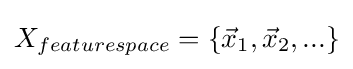
X_{featurespace}=\left\{{\vec {x}}_{1},{\vec {x}}_{2},...\right\}